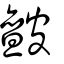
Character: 皽